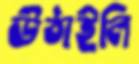
উঠাইলি